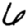
Digit: 6